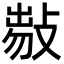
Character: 𢾈